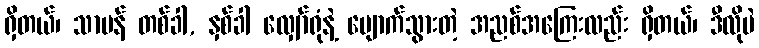
ရှိတယ်၊ သာမန် တစ်ခါ, နှစ်ခါ လျှော်ရုံနဲ့ ပျောက်သွားတဲ့ အညစ်အကြေးလည်း ရှိတယ်၊ ဒီလိုပဲ